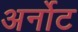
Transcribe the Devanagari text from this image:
अर्नोट